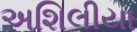
અશિલીયા